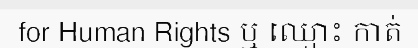
for Human Rights ឬ ឈ្មោះ កាត់